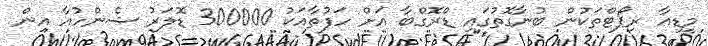
މީޑިއާ ރިޕޯޓްތަކުން ބުނާގޮތުގައި ޑްރޮގްބާ އަށް ހަފުތާއަކު 300000 ޑޮލަރު ޝެންހުއާ އިން